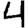
Digit: 4